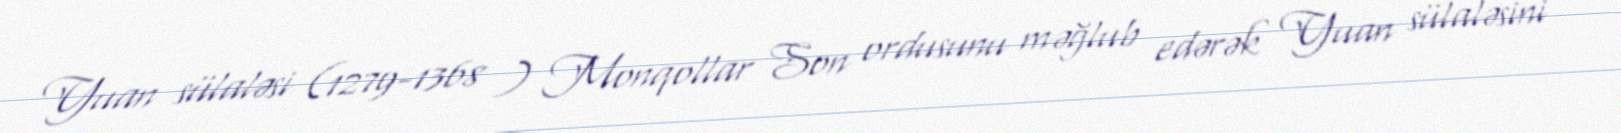
Yuan sülaləsi (1279-1368 ) Monqollar Son ordusunu məğlub edərək Yuan sülaləsini